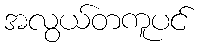
အလွယ်တကူပင်